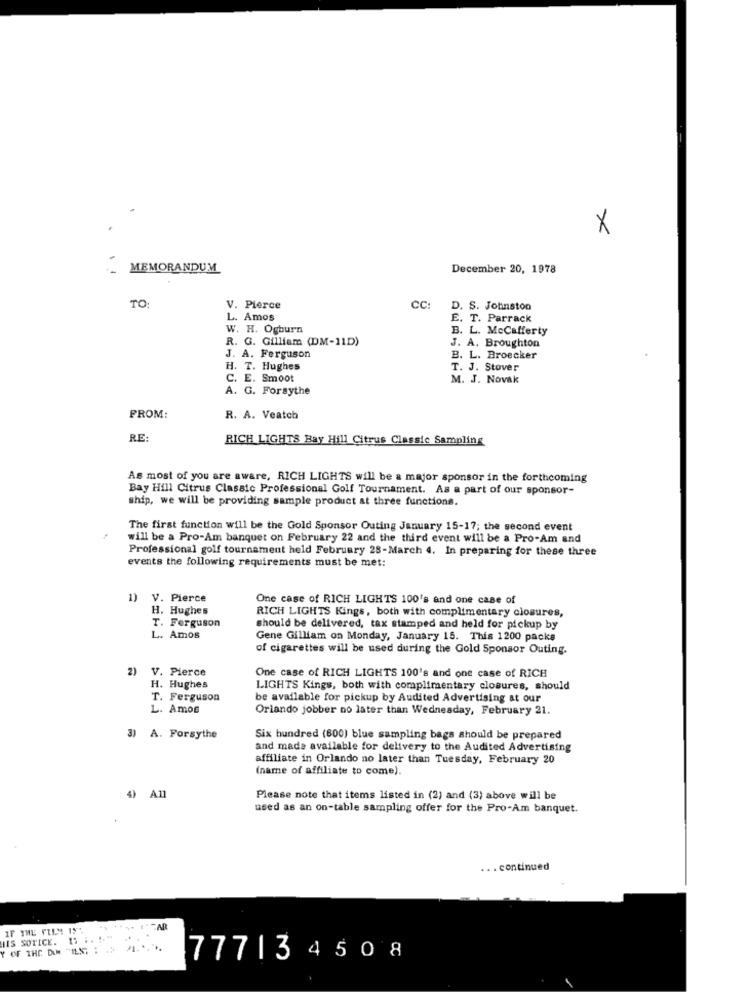
X
MEMORANDUM
December 20, 1978
TO:
V. Pierce
CC:
D. S. Johnston
L. Amos
E. T. Parrack
W. H. Ogburn
B. L. McCafferty
R. G. Gilliam (DM-11D)
J. A. Broughton
J. A. Ferguson
B. L. Broecker
H. T. Hughes
T. J. Stover
C. E. Smoot
M. J. Novak
A. G. Forsythe
FROM:
R. A. Veatch
RE
RICH LIGHTS Bay Hill Citrus Classic Sampling
As most of you are aware, RICH LIGHTS will be a major sponsor in the forthcoming
Bay Hill Citrus Classic Professional Golf Tournament. As a part of our sponsor-
ship, we will be providing sample product at three functions.
The first function will be the Gold Sponsor Outing January 15-17; the second event
will be a Pro-Am banquet on February 22 and the third event will be a Pro-Am and
Professional golf tournament held February 28-March 4. In preparing for these three
events the following requirements must be met:
1)
V. Pierce
One case of RICH LIGHTS 100's and one case of
H. Hughes
RICH LIGHTS Kings, both with complimentary closures,
T. Ferguson
should be delivered, tax stamped and held for pickup by
L. Amos
Gene Gilliam on Monday, January 15. This 1200 packs
of cigarettes will be used during the Gold Sponsor Outing.
V. Pierce
One case of RICH LIGHTS 100's and one case of RICH
H. Hughes
LIGHTS Kings, both with complimentary closures, should
T. Ferguson
be available for pickup by Audited Advertising at our
L. Amos
Orlando jobber no later than Wednesday, February 21.
3) A. Forsythe
Six hundred (600) blue sampling bags should be prepared
and made available for delivery to the Audited Advertising
affiliate in Orlando no later than Tuesday, February 20
(name of affiliate to come).
4) All
Please note that items listed in (2) and (3) above will be
used as an on-table sampling offer for the Pro-Am banquet.
. . continued
IF THE FILM IST
IIS SOTICE. 1. .. !. "
77713 450 8